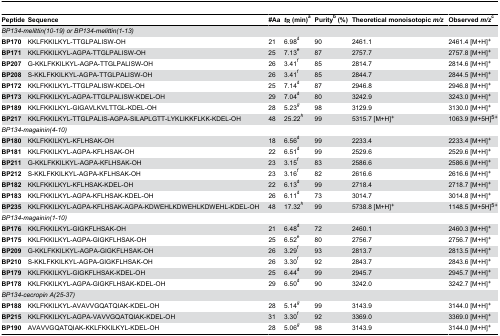
<table><thead><tr><td><b>Peptide</b></td><td><b>Sequence</b></td><td><b>#Aa</b></td><td><b><i>t</i><sub>R</sub> (min)<sup>a</sup></b></td><td><b>Purity<sup>b</sup> (%)</b></td><td><b>Theoretical monoisotopic <i>m/z</i></b></td><td><b>Observed <i>m/z</i><sup>c</sup></b></td></tr></thead><tbody><tr><td colspan="2"><i>BP134-melittin(10-19) or BP134-melittin(1-13)</i></td><td></td><td></td><td></td><td></td><td></td></tr><tr><td><b>BP170</b></td><td>KKLFKKILKYL-TTGLPALISW-OH</td><td>21</td><td>6.98<sup>d</sup></td><td>90</td><td>2461.1</td><td>2461.4 [M+H]<sup><i>+</i></sup></td></tr><tr><td><b>BP171</b></td><td>KKLFKKILKYL-AGPA-TTGLPALISW-OH</td><td>25</td><td>7.13<sup>e</sup></td><td>87</td><td>2757.7 </td><td>2757.8 [M+H]<sup><i>+</i></sup></td></tr><tr><td><b>BP207</b></td><td>G-KKLFKKILKYL-AGPA-TTGLPALISW-OH</td><td>26</td><td>3.41<sup><i>f</i></sup></td><td>85</td><td>2814.7</td><td>2814.6 [M+H]<sup><i>+</i></sup></td></tr><tr><td><b>BP208</b></td><td>S-KKLFKKILKYL-AGPA-TTGLPALISW-OH</td><td>26</td><td>3.41<sup><i>f</i></sup></td><td>85</td><td>2844.7</td><td>2844.5 [M+H]<sup><i>+</i></sup></td></tr><tr><td><b>BP172</b></td><td>KKLFKKILKYL-TTGLPALISW-KDEL-OH</td><td>25</td><td>7.14<sup>d</sup></td><td>87</td><td>2946.8</td><td>2946.8 [M+H]<sup><i>+</i></sup></td></tr><tr><td><b>BP173</b></td><td>KKLFKKILKYL-AGPA-TTGLPALISW-KDEL-OH</td><td>29</td><td>7.04<sup>d</sup></td><td>80</td><td>3242.9</td><td>3243.0 [M+H]<sup><i>+</i></sup></td></tr><tr><td><b>BP189</b></td><td>KKLFKKILKYL-GIGAVLKVLTTGL-KDEL-OH</td><td>28</td><td>5.23<sup><i>g</i></sup></td><td>98</td><td>3129.9</td><td>3130.0 [M+H]<sup><i>+</i></sup></td></tr><tr><td><b>BP217</b></td><td>KKLFKKILKYL-TTGLPALIS-AGPA-SILAPLGTT-LYKLIKKFLKK-KDEL-OH</td><td>48</td><td>25.22<sup><i>h</i></sup></td><td>99</td><td>5315.7 [M+H]<sup><i>+</i></sup></td><td>1063.9 [M+5H]<sup>5+</sup></td></tr><tr><td colspan="2"><i>BP134-magainin(4-10)</i></td><td></td><td></td><td></td><td></td><td></td></tr><tr><td><b>BP180</b></td><td>KKLFKKILKYL-KFLHSAK-OH</td><td>18</td><td>6.56<sup>d</sup></td><td>99</td><td>2233.4</td><td>2233.4 [M+H]<sup><i>+</i></sup></td></tr><tr><td><b>BP181</b></td><td>KKLFKKILKYL-AGPA-KFLHSAK-OH</td><td>22</td><td>6.51<sup>d</sup></td><td>99</td><td>2529.6</td><td>2529.6 [M+H]<sup><i>+</i></sup></td></tr><tr><td><b>BP211</b></td><td>G-KKLFKKILKYL-AGPA-KFLHSAK-OH</td><td>23</td><td>3.15<sup><i>f</i></sup></td><td>83</td><td>2586.6</td><td>2586.6 [M+H]<sup><i>+</i></sup></td></tr><tr><td><b>BP212</b></td><td>S-KKLFKKILKYL-AGPA-KFLHSAK-OH</td><td>23</td><td>3.16<sup><i>f</i></sup></td><td>82</td><td>2616.6</td><td>2616.6 [M+H]<sup><i>+</i></sup></td></tr><tr><td><b>BP182</b></td><td>KKLFKKILKYL-KFLHSAK-KDEL-OH</td><td>22</td><td>6.13<sup>d</sup></td><td>99</td><td>2718.4</td><td>2718.7 [M+H]<sup><i>+</i></sup></td></tr><tr><td><b>BP183</b></td><td>KKLFKKILKYL-AGPA-KFLHSAK-KDEL-OH</td><td>26</td><td>6.11<sup>d</sup></td><td>73</td><td>3014.7</td><td>3014.8 [M+H]<sup><i>+</i></sup></td></tr><tr><td><b>BP235</b></td><td>KKLFKKILKYL-AGPA-KFLHSAK-AGPA-KDWEHLKDWEHLKDWEHL-KDEL-OH</td><td>48</td><td>17.32<sup><i>h</i></sup></td><td>99</td><td>5738.8 [M+H]<sup><i>+</i></sup></td><td>1148.5 [M+5H]<sup>5+</sup></td></tr><tr><td colspan="2"><i>BP134-magainin(1-10)</i></td><td></td><td></td><td></td><td></td><td></td></tr><tr><td><b>BP176</b></td><td>KKLFKKILKYL-GIGKFLHSAK-OH</td><td>21</td><td>6.48<sup>d</sup></td><td>72</td><td>2460.1</td><td>2460.3 [M+H]<sup><i>+</i></sup></td></tr><tr><td><b>BP175</b></td><td>KKLFKKILKYL-AGPA-GIGKFLHSAK-OH</td><td>25</td><td>6.52<sup>e</sup></td><td>80</td><td>2756.7</td><td>2756.7 [M+H]<sup><i>+</i></sup></td></tr><tr><td><b>BP209</b></td><td>G-KKLFKKILKYL-AGPA-GIGKFLHSAK-OH</td><td>26</td><td>3.29<sup><i>f</i></sup></td><td>93</td><td>2813.7</td><td>2813.5 [M+H]<sup><i>+</i></sup></td></tr><tr><td><b>BP210</b></td><td>S-KKLFKKILKYL-AGPA-GIGKFLHSAK-OH</td><td>26</td><td>3.30<sup><i>f</i></sup></td><td>92</td><td>2843.7</td><td>2843.6 [M+H]<sup><i>+</i></sup></td></tr><tr><td><b>BP179</b></td><td>KKLFKKILKYL-GIGKFLHSAK-KDEL-OH</td><td>25</td><td>6.44<sup>d</sup></td><td>99</td><td>2945.7</td><td>2945.7 [M+H]<sup><i>+</i></sup></td></tr><tr><td><b>BP178</b></td><td>KKLFKKILKYL-AGPA-GIGKFLHSAK-KDEL-OH</td><td>29</td><td>6.50<sup>d</sup></td><td>90</td><td>3242.0</td><td>3242.7 [M+H]<sup><i>+</i></sup></td></tr><tr><td colspan="2"><i>BP134-cecropin A(25-37)</i></td><td></td><td></td><td></td><td></td><td></td></tr><tr><td><b>BP188</b></td><td>KKLFKKILKYL-AVAVVGQATQIAK-KDEL-OH</td><td>28</td><td>5.14<sup><i>g</i></sup></td><td>99</td><td>3143.9</td><td>3144.0 [M+H]<sup><i>+</i></sup></td></tr><tr><td><b>BP215</b></td><td>KKLFKKILKYL-AGPA-VAVVGQATQIAK-KDEL-OH</td><td>31</td><td>3.30<sup><i>f</i></sup></td><td>92</td><td>3369.0</td><td>3369.0 [M+H]<sup><i>+</i></sup></td></tr><tr><td><b>BP190</b></td><td>AVAVVGQATQIAK-KKLFKKILKYL-KDEL-OH</td><td>28</td><td>5.06<sup><i>g</i></sup></td><td>98</td><td>3143.9</td><td>3144.0 [M+H]<sup><i>+</i></sup></td></tr></tbody></table>